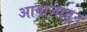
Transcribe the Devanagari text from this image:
आवाजातून